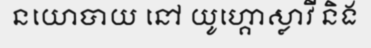
នយោបាយ នៅ យូហ្គោស្លាវី និង